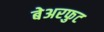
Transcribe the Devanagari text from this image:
बेअरफुट